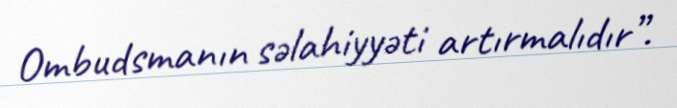
Ombudsmanın səlahiyyəti artırmalıdır”.